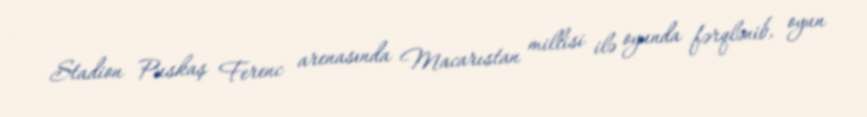
Stadion Puskaş Ferenc arenasında Macarıstan millisi ilə oyunda fərqlənib, oyun